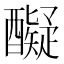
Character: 𮡇